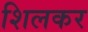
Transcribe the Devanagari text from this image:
शिलकर